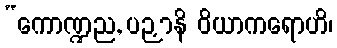
“ကောဏ္ဍည, ပဉှာနိ ဝိယာကရောဟိ၊